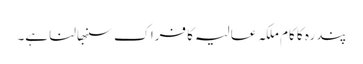
پندرہ کا کام ملکہ عالیہ کا فراک سنبھالنا ہے۔